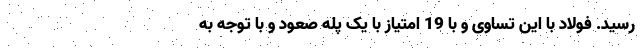
رسید. فولاد با این تساوی و با 19 امتیاز با یک پله صعود و با توجه به